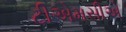
ટીએમસીએ